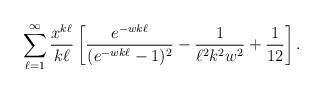
LaTeX: \begin{align*}\sum_{\ell=1}^\infty \frac{ x^{ k \ell}}{ k \ell}\left[\frac{ e^{ - wk \ell}}{ ( e^{ - wk \ell} -1)^2} - \frac{1}{ \ell^2 k^2 w^2} + \frac{1}{12}\right] .\end{align*}